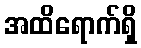
အထိရောက်ရှိ